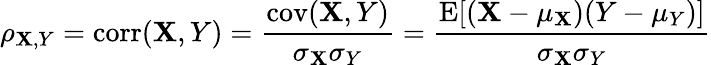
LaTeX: \rho_{\mathbf{X},Y}=\operatorname{corr}(\mathbf{X},Y)={\frac{{\operatorname{cov}(\mathbf{X},Y)}}{{\sigma_{\mathbf{X}}\sigma_{Y}}}}={\frac{{\operatorname{E}[(\mathbf{X}-\mu_{\mathbf{X}})(Y-\mu_{Y})]}}{{\sigma_{\mathbf{X}}\sigma_{Y}}}}